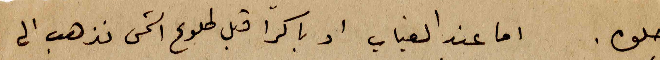
حلوه. اما عند الغياب او باكراً قبل طلوع الشمس نذهب الى